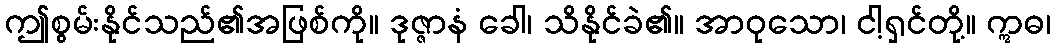
ဤစွမ်းနိုင်သည်၏အဖြစ်ကို။ ဒုဇ္ဇာနံ ခေါ၊ သိနိုင်ခဲ၏။ အာဝုသော၊ ငါ့ရှင်တို့။ ဣဓ၊